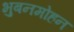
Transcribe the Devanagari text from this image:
भुबनमोहन